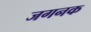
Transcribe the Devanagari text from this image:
जगनक